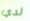
لدي